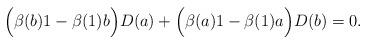
LaTeX: \begin{align*}\Big(\beta(b)1 - \beta(1)b\Big)D(a) + \Big(\beta(a)1 - \beta(1)a\Big)D(b) = 0 .\end{align*}